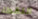
اللقطاء